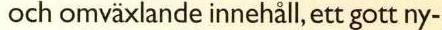
och omväxlande innehall, ett gott ny-